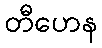
တီဟေန